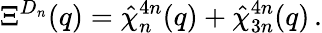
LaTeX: \Xi^{D_{n}}(q)=\hat{\chi}_{n}^{4n}(q)+\hat{\chi}_{3n}^{4n}(q)\, .